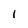
Character: I